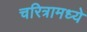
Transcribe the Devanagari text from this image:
चरित्रामध्ये